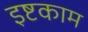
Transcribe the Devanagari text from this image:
इष्टकाम